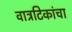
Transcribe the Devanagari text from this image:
वात्रटिकांचा